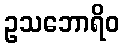
ဥသဘောရိဝ